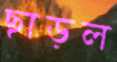
ছাড়ল